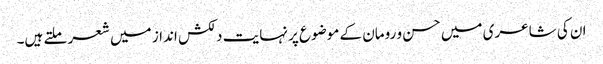
ان کی شاعری میں حسن و رومان کے موضوع پر نہایت دلکش انداز میں شعر ملتے ہیں۔